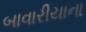
બાવારીયાના